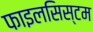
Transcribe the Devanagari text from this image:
फाइलसिस्टम